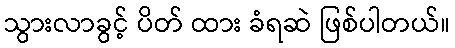
သွားလာခွင့် ပိတ် ထား ခံရဆဲ ဖြစ်ပါတယ်။